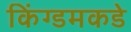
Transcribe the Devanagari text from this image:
किंग्डमकडे